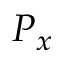
P _ { x }